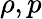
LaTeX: \rho,p